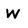
Character: w